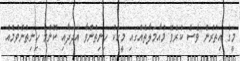
މީގެ އިތުރުން ވެސް ކުރެވޭ މުއާމަލާތެއްގައި މީހަކު ހިނިތުންވާ އަދަދާއި ކޮންމެ ހިނިތުންވުމެއް